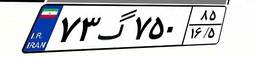
۷۳گ۷۵۰۸۵